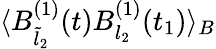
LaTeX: \langle B_{\tilde{l}_{2}}^{(1)}(t)B_{l_{2}}^{(1)}(t_{1})\rangle_{B}